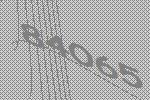
84065